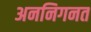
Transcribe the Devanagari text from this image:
अननिगनत